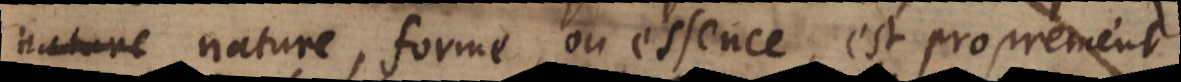
ue nature, forme, ou essence, est proprement